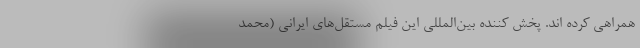
همراهی کرده اند. پخش کننده بین‌المللی این فیلم مستقل‌های ایرانی (محمد